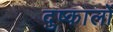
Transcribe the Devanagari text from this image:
दुष्कालों